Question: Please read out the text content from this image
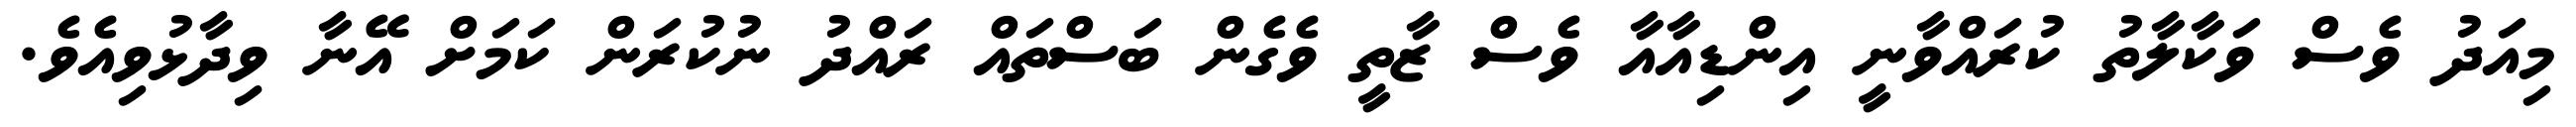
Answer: މިއަދު ވެސް ވަކާލާތު ކުރައްވާނީ އިންޑިއާއާ ވެސް ޒާތީ ވެގެން ބަސްތައް ރައްދު ނުކުރަން ކަމަށް އޭނާ ވިދާޅުވިއެވެ.